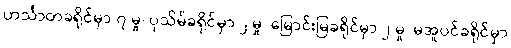
ဟင်္သာတခရိုင်မှာ ၇ မှု၊ ပုသိမ်ခရိုင်မှာ ၂ မှု၊ မြောင်းမြခရိုင်မှာ ၂ မှု၊ မအူပင်ခရိုင်မှာ